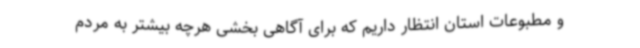
و مطبوعات استان انتظار داریم که برای آگاهی بخشی هرچه بیشتر به مردم